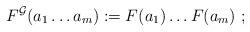
LaTeX: \begin{align*}F^{\mathcal G}(a_1\dots a_m) := F(a_1)\dots F(a_m)\ ;\end{align*}